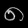
Digit: ၈